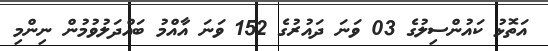
އަތޮޅު ކައުންސިލުގެ 03 ވަނަ ދައުރުގެ 152 ވަނަ އާއްމު ބައްދަލުވުމުން ނިންމި